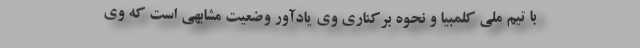
با تیم ملی کلمبیا و نحوه برکناری وی یادآور وضعیت مشابهی است که وی